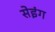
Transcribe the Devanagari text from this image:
सेइंग